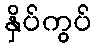
နှိပ်ကွပ်